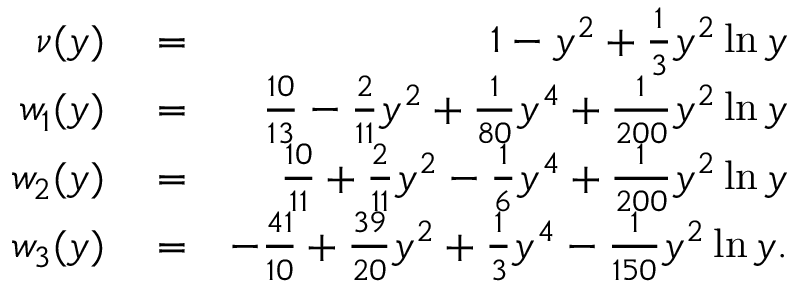
\begin{array} { r l r } { \nu ( y ) } & { { } = } & { 1 - y ^ { 2 } + \frac { 1 } { 3 } y ^ { 2 } \ln y } \\ { w _ { 1 } ( y ) } & { { } = } & { \frac { 1 0 } { 1 3 } - \frac { 2 } { 1 1 } y ^ { 2 } + \frac { 1 } { 8 0 } y ^ { 4 } + \frac { 1 } { 2 0 0 } y ^ { 2 } \ln y } \\ { w _ { 2 } ( y ) } & { { } = } & { \frac { 1 0 } { 1 1 } + \frac { 2 } { 1 1 } y ^ { 2 } - \frac { 1 } { 6 } y ^ { 4 } + \frac { 1 } { 2 0 0 } y ^ { 2 } \ln y } \\ { w _ { 3 } ( y ) } & { { } = } & { - \frac { 4 1 } { 1 0 } + \frac { 3 9 } { 2 0 } y ^ { 2 } + \frac { 1 } { 3 } y ^ { 4 } - \frac { 1 } { 1 5 0 } y ^ { 2 } \ln y . } \end{array}